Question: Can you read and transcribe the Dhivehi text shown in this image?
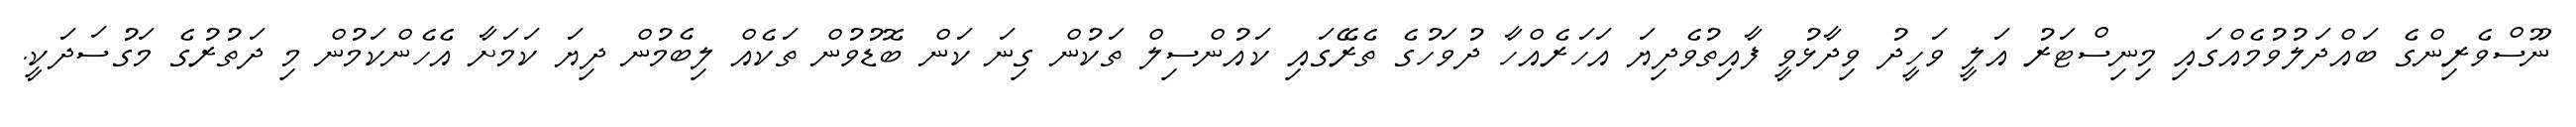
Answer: ނޫސްވެރިންގެ ބައްދަލުވުމެއްގައި މިނިސްޓަރު އަލީ ވަހީދު ވިދާޅުވީ ފާއިތުވެދިޔަ އަހަރެއްހާ ދުވަހުގެ ތެރޭގައި ކައުންސިލް ތަކުން ގިނަ ކަން ބޮޑުވުން ތަކެއް ލިބެމުން ދިޔަ ކަމަށާ އެހެންކަމުން މި ދަތުރުގެ މަގުސަދަކީ.